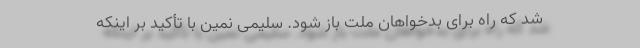
شد که راه برای بدخواهان ملت باز شود. سلیمی نمین با تأکید بر اینکه